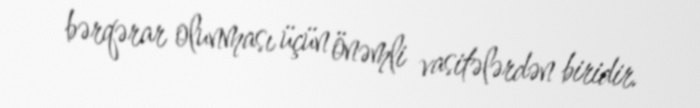
bərqərar olunması üçün önəmli vasitələrdən biridir.